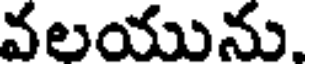
వలయును.